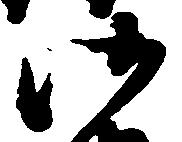
御